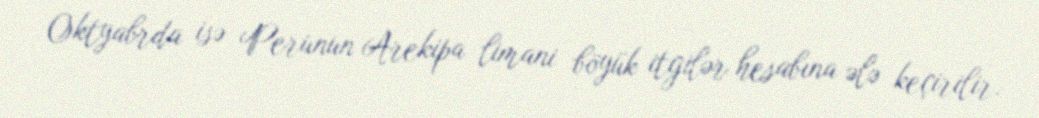
Oktyabrda isə Perunun Arekipa limani böyük itgilər hesabına ələ keçirilir.